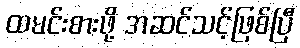
ထမင်းစားဖို့ အဆင်သင့်ဖြစ်ပြီ